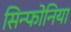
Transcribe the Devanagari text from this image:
सिन्फोनिया